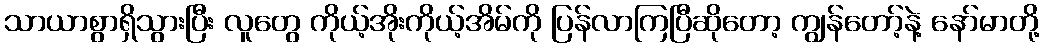
သာယာစွာရှိသွားပြီး လူတွေ ကိုယ့်အိုးကိုယ့်အိမ်ကို ပြန်လာကြပြီဆိုတော့ ကျွန်တော့်နဲ့ နော်မာတို့